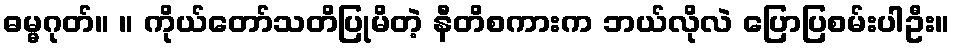
ဓမ္မဂုတ်။ ။ ကိုယ်တော်သတိပြုမိတဲ့ နီတိစကားက ဘယ်လိုလဲ ပြောပြစမ်းပါဦး။